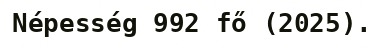
Népesség 992 fő (2025).